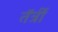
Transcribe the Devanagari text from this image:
तॅर्त्री